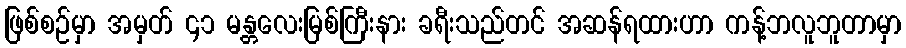
ဖြစ်စဉ်မှာ အမှတ် ၄၁ မန္တလေးမြစ်ကြီးနား ခရီးသည်တင် အဆန်ရထားဟာ ကန့်ဘလူဘူတာမှာ